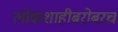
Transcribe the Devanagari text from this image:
लोकशाहीबरोबरच